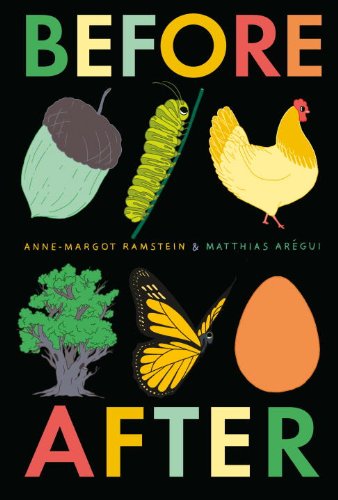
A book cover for Before After; Matthias ArÃ©gui; Children's Books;